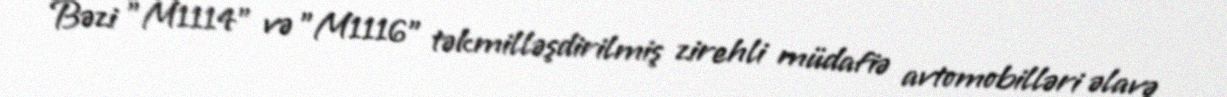
Bəzi "M1114" və "M1116" təkmilləşdirilmiş zirehli müdafiə avtomobilləri əlavə